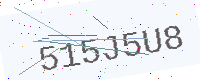
Text: 515J5U8